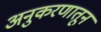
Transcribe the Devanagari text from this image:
अनुकरणातून